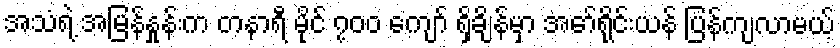
အသံရဲ့ အမြန်နှုန်းက တနာရီ မိုင် ၇၀၀ ကျော် ရှိချိန်မှာ အော်ရိုင်းယန် ပြန်ကျလာမယ့်